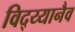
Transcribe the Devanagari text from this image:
विद्य्यानैव